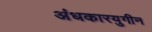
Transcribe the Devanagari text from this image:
अंधकारयुगीन